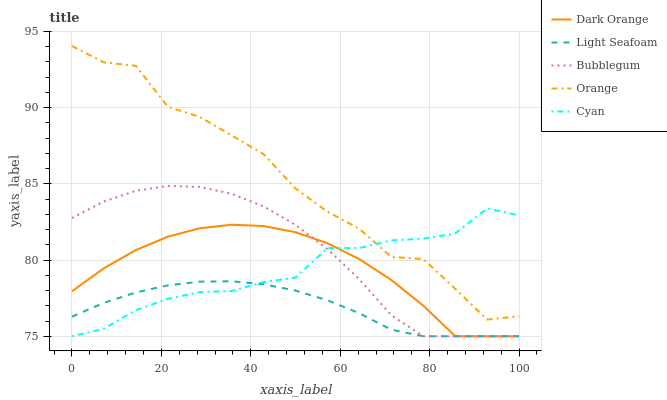
| xaxis_label | Dark Orange | Light Seafoam | Bubblegum | Orange | Cyan |
 | --- | --- | --- | --- | --- | --- |
 | 0 | 77.9 | 76.3 | 82.8 | 94 | 75 |
 | 7.14 | 79.5 | 77.2 | 83.8 | 93 | 75.5 |
 | 14.3 | 80.7 | 77.9 | 84.5 | 92.7 | 76.7 |
 | 21.4 | 81.5 | 78.3 | 84.9 | 90.1 | 77.5 |
 | 28.6 | 82.1 | 78.6 | 84.8 | 89.4 | 77.9 |
 | 35.7 | 82.3 | 78.6 | 84.4 | 88.2 | 78 |
 | 42.9 | 82.2 | 78.4 | 83.5 | 87 | 78.6 |
 | 50 | 81.8 | 78 | 82.3 | 84.7 | 78.9 |
 | 57.1 | 81.1 | 77.4 | 80.7 | 83.2 | 80.8 |
 | 64.3 | 80.1 | 76.5 | 78.7 | 82 | 80.8 |
 | 71.4 | 78.7 | 75.4 | 76.4 | 80.2 | 81.3 |
 | 78.6 | 77 | 75 | 75 | 80.1 | 81.4 |
 | 85.7 | 75 | 75 | 75 | 78.1 | 81.7 |
 | 92.9 | 75 | 75 | 75 | 76.1 | 83.4 |
 | 100 | 75 | 75 | 75 | 76.3 | 82.9 |